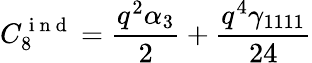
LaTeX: C_{8}^{\mathrm{~i~n~d~}}=\frac{q^{2}\alpha_{3}}{2}+\frac{q^{4}\gamma_{1111}}{24}